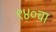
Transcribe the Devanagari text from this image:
९४०चा